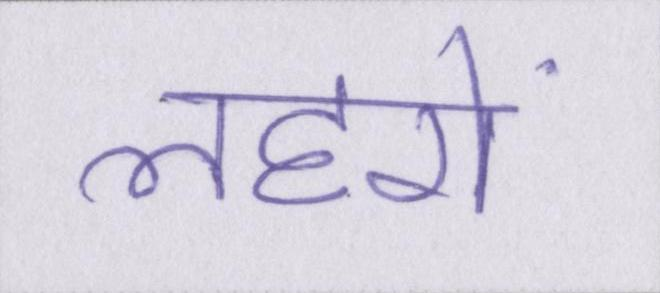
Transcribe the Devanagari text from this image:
लहरों